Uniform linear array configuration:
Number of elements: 64
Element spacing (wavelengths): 1
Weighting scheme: exponential
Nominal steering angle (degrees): -45
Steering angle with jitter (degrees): -43.583
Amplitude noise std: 0.05
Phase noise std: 0.05

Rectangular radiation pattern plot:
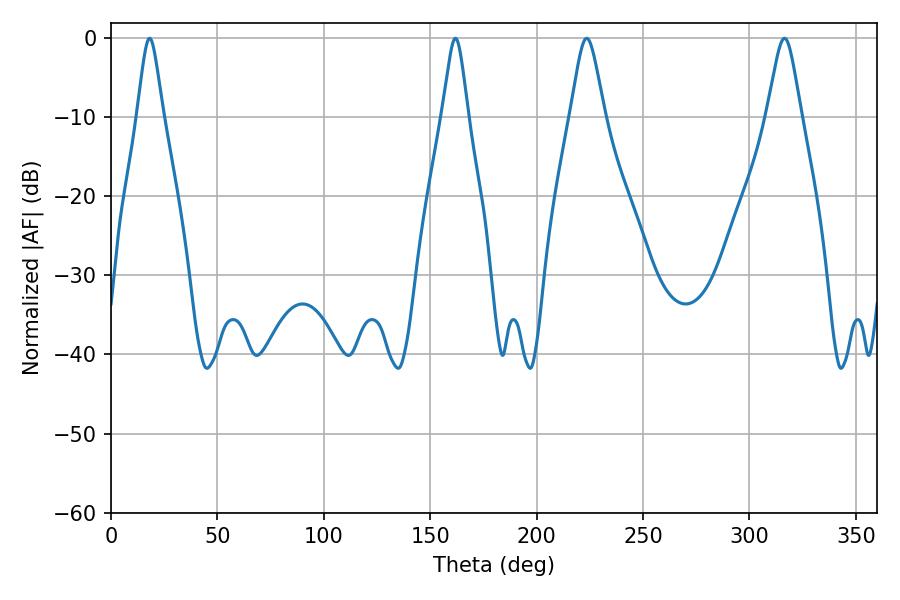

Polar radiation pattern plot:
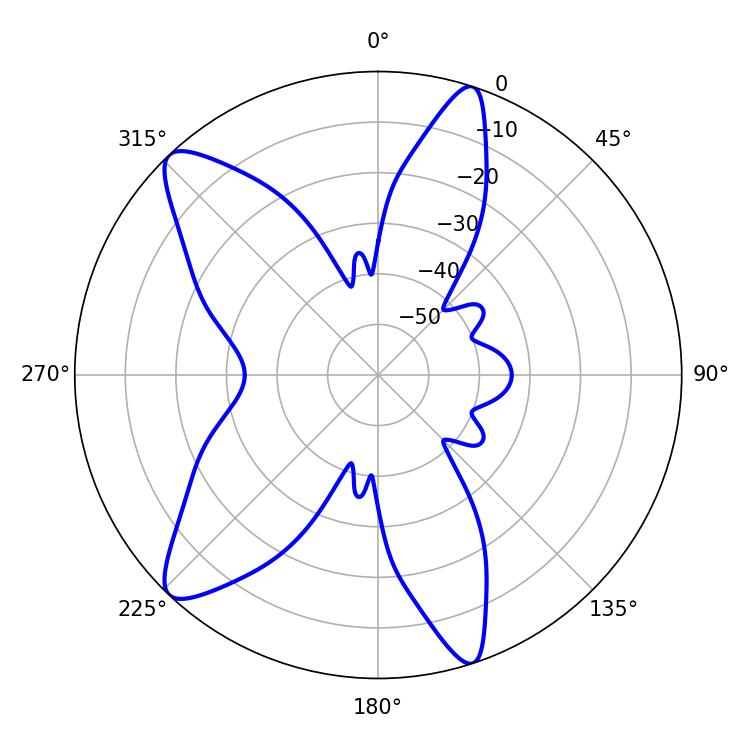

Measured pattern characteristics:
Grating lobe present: TRUE
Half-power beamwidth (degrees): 7.74
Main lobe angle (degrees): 223.56